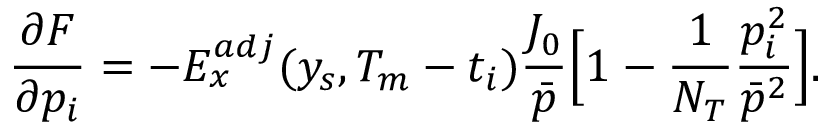
\frac { \partial F } { \partial p _ { i } } = - E _ { x } ^ { a d j } ( y _ { s } , T _ { m } - t _ { i } ) \frac { J _ { 0 } } { \bar { p } } \Big [ 1 - \frac { 1 } { N _ { T } } \frac { p _ { i } ^ { 2 } } { \bar { p } ^ { 2 } } \Big ] .